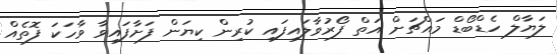
ލަޔާލް ހެޑްބޯޑް މައްޗަށް އަތް ފޯރުވާލައިފައި ކުރިން ކިޔަން ފަށާފައިވާ ވާހަކަ ފޮތެއް